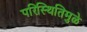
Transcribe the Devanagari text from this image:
परिस्थितिमुळे